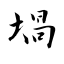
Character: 堝